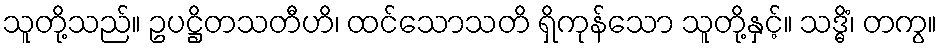
သူတို့သည်။ ဥပဋ္ဌိတသတီဟိ၊ ထင်သောသတိ ရှိကုန်သော သူတို့နှင့်။ သဒ္ဓိံ၊ တကွ။